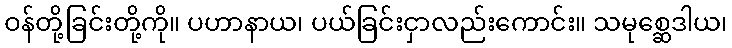
ဝန်တို့ခြင်းတို့ကို။ ပဟာနာယ၊ ပယ်ခြင်းငှာလည်းကောင်း။ သမုစ္ဆေဒါယ၊